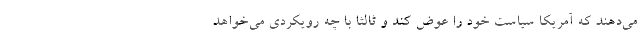
می‌دهند که آمریکا سیاست خود را عوض کند و ثالثا با چه رویکردی می‌خواهد